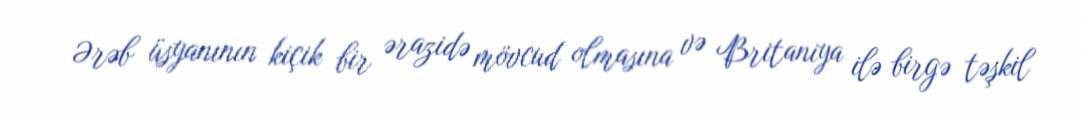
Ərəb üsyanının kiçik bir ərazidə mövcud olmasına və Britaniya ilə birgə təşkil